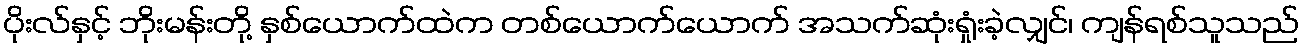
ပိုးလ်နှင့် ဘိုးမန်းတို့ နှစ်ယောက်ထဲက တစ်ယောက်ယောက် အသက်ဆုံးရှုံးခဲ့လျှင်၊ ကျန်ရစ်သူသည်